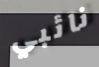
نائبي